Kallis,_Oskar, lk 9
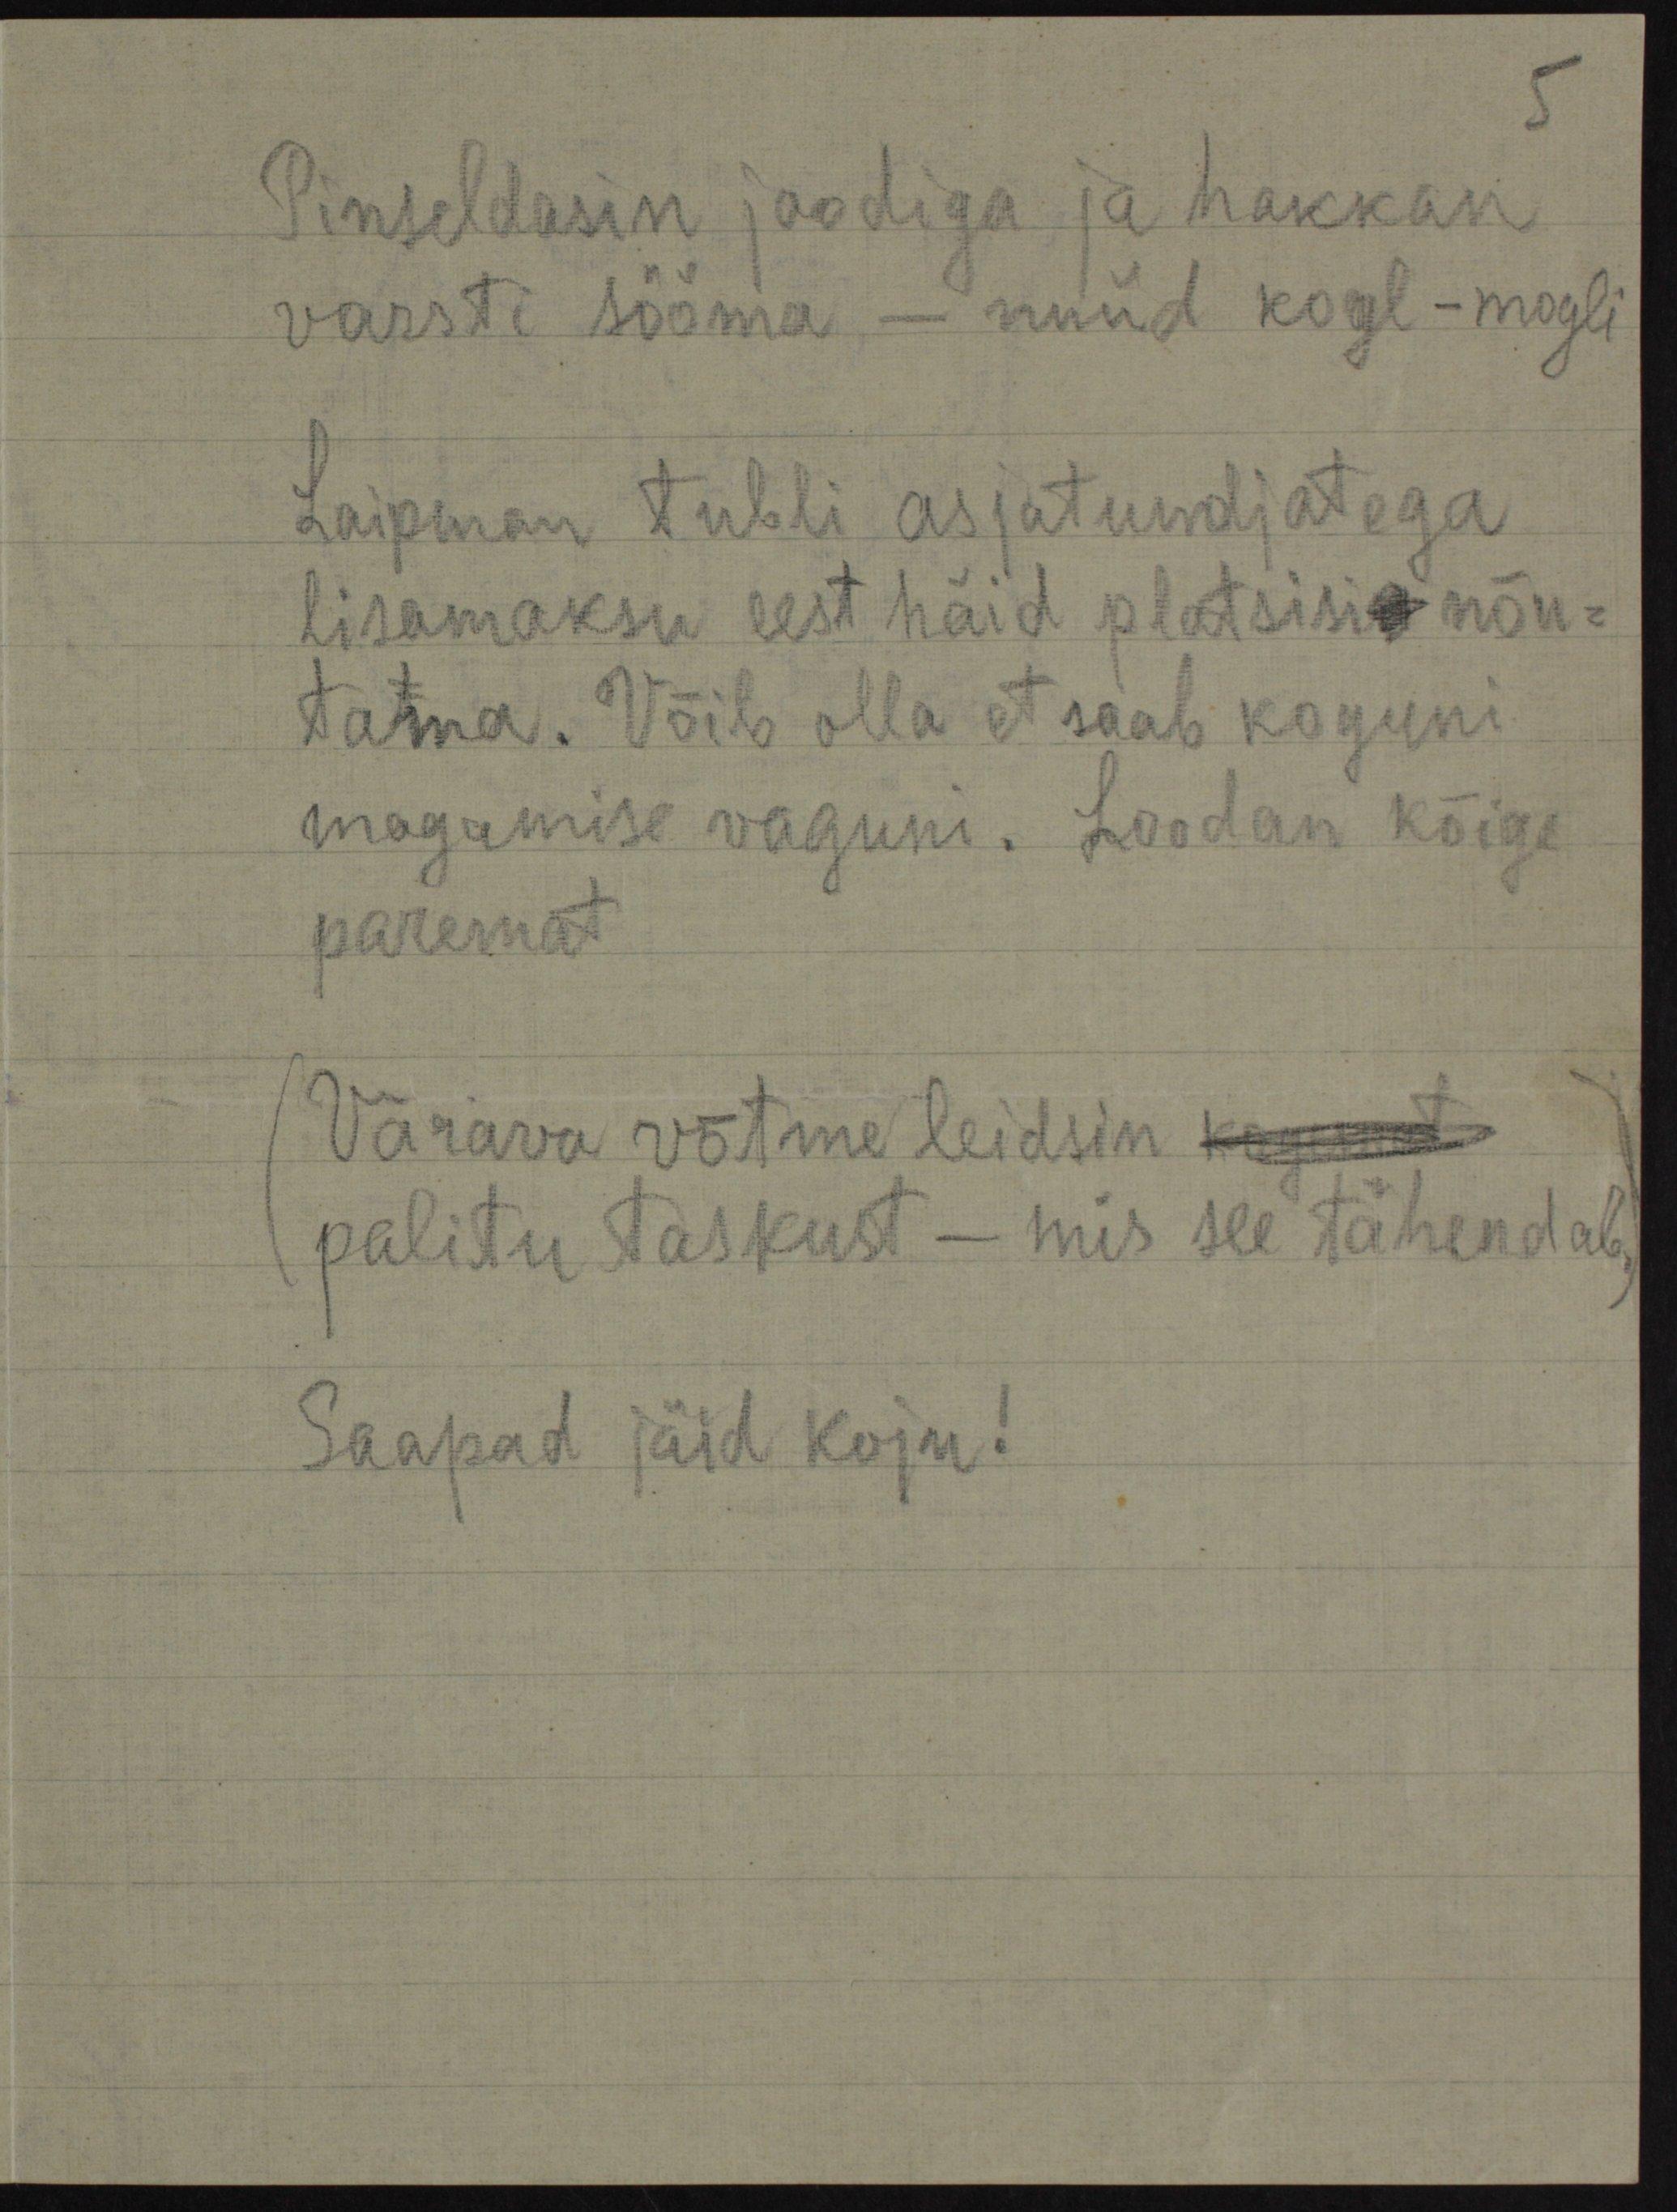
Pinseldasin joodiga ja hakkan
varsti sööma - nüüd kogl -mogli
Laipman tubli asjatundjatega,
lisamaksu eest häid platsisis nõu-
tama. Võib olla et saab koguni
magamise vaguni. Loodan kõige
paremat
Värava võtme leidsin kannet
palitu taskust - mis see tähendab.
Saapad jäid koju!